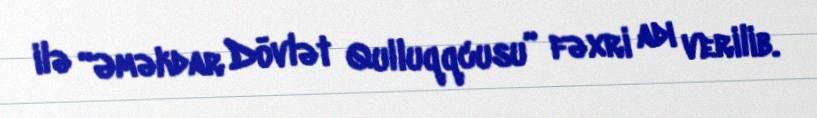
ilə “Əməkdar Dövlət Qulluqqcusu” fəxri adı verilib.